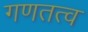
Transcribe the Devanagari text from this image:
गणतत्व